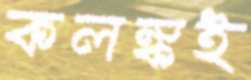
কলঙ্কই